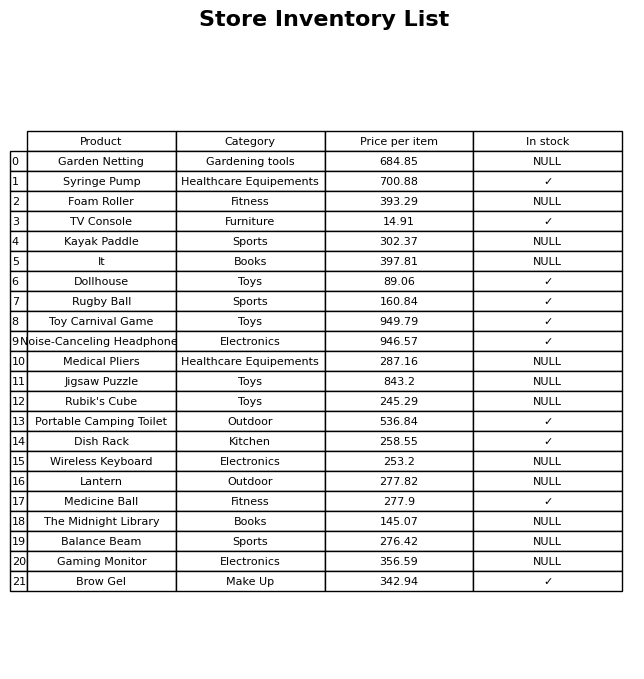
question: What is the price for Portable Camping Toilet?
answer: The price of Portable Camping Toilet is 536.84.